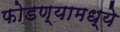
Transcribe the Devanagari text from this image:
फोडण्यामध्ये